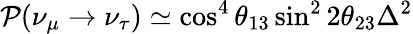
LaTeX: \mathcal{P}(\nu_{\mu}\rightarrow\nu_{\tau})\simeq\cos^{4}\theta_{13}\sin^{2}2\theta_{23}\Delta^{2}